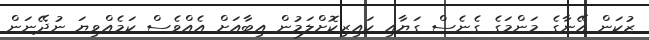
ޒުކަން އޭނާގެ މަންމަގެ ގެނެސް ގަޔާއި ކައިރިކޮށްލަމުން އިބާއަށް އެއްވެސް ކަމެއްވިޔަ ނުދޭނަން